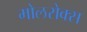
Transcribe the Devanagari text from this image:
मोलरोक्स